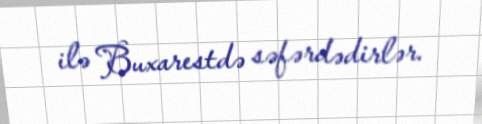
ilə Buxarestdə səfərdədirlər.